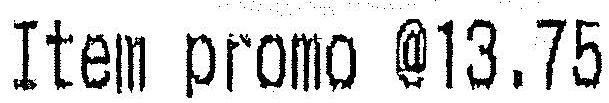
ITEM PROMO @13.75